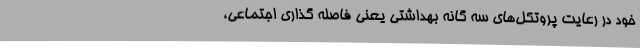
خود در رعایت پروتکل‌های سه گانه بهداشتی یعنی فاصله گذاری اجتماعی،